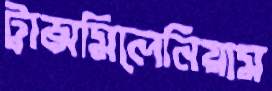
ট্রান্সমিলেনিয়াম